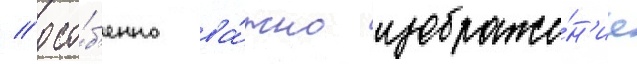
// Осо́б'енно ва́жно изображе́н'ие